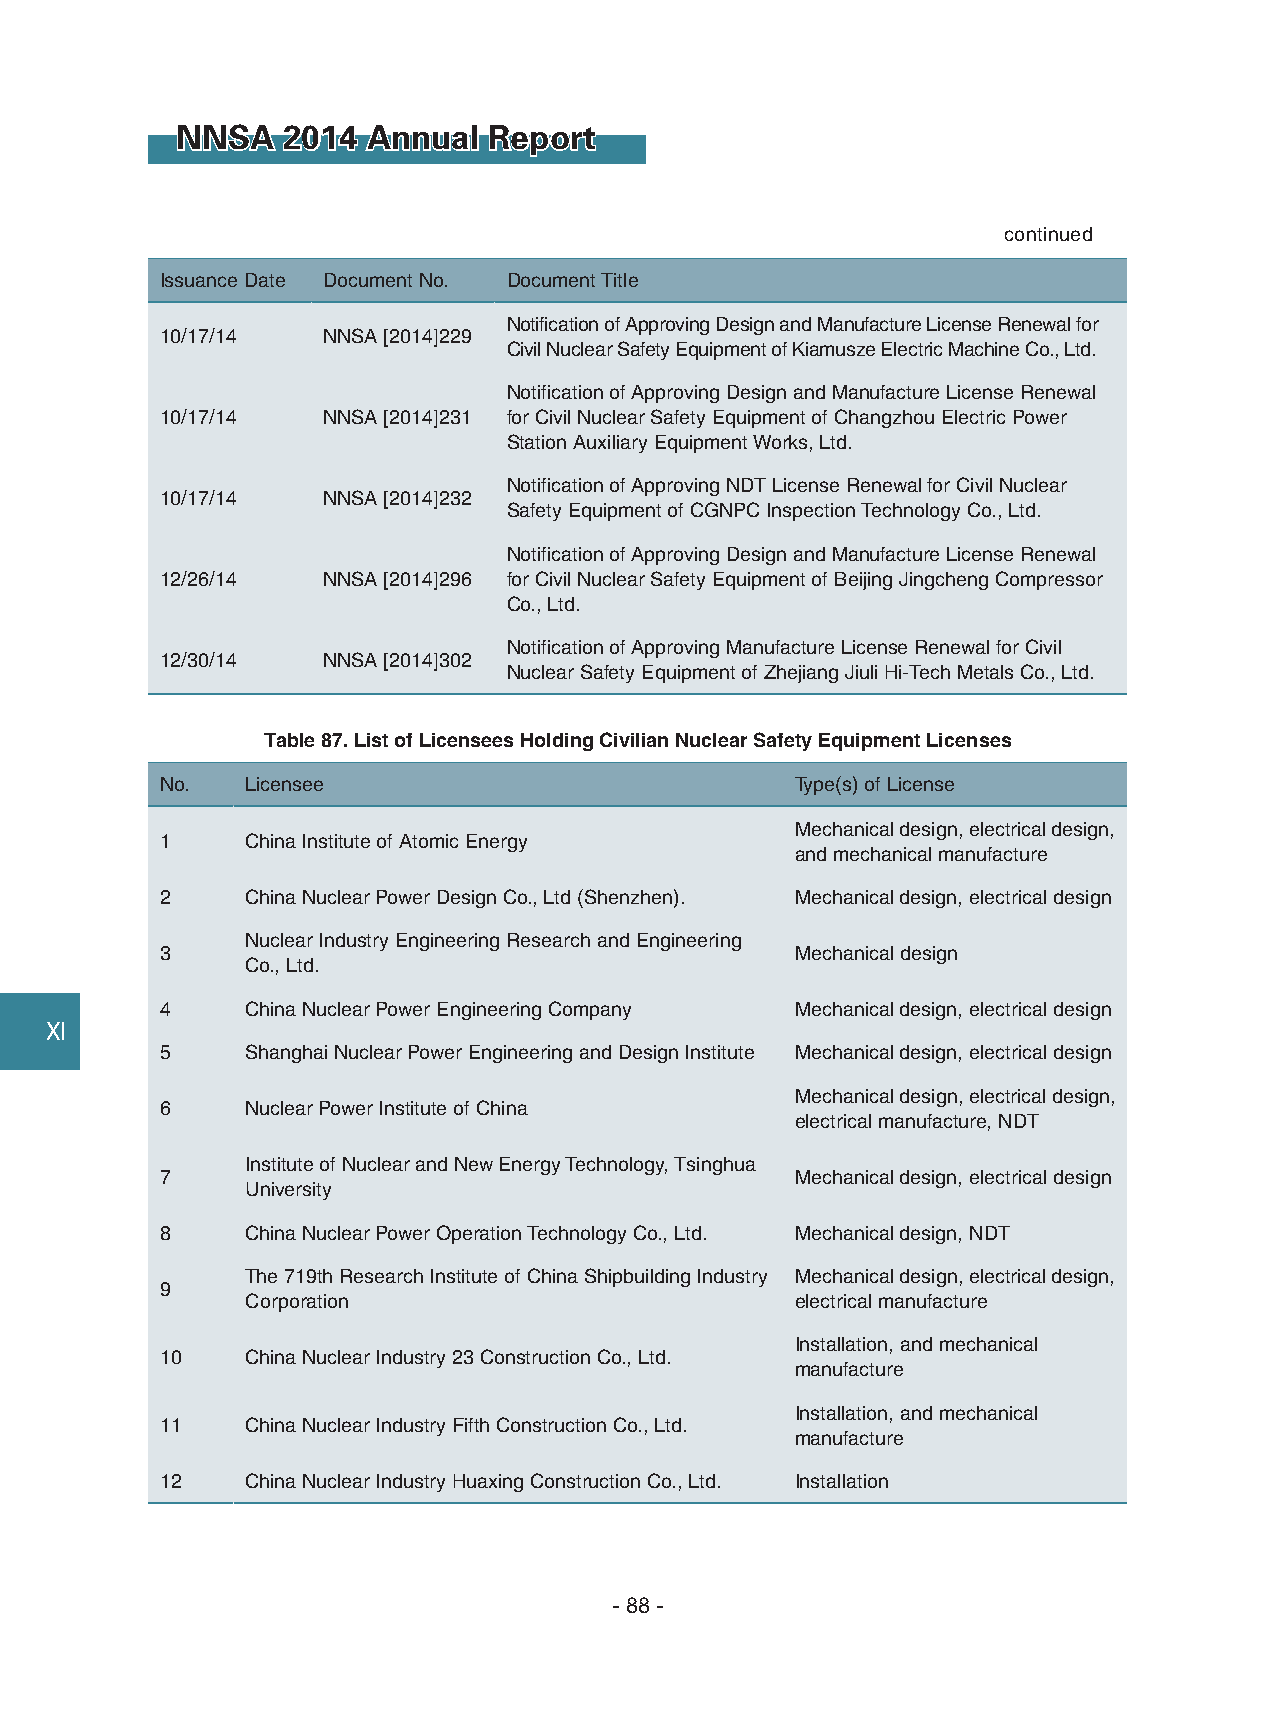
NNSA   2014 Annual  Report
 continued
 Issuance Date Document No. Document Title
 Notification of Approving Design and Manufacture License Renewal for
 10/17/14  NNSA [2014]229
 Civil Nuclear Safety Equipment of Kiamusze Electric Machine Co., Ltd.
 Notification of Approving Design and Manufacture License Renewal
 10/17/14  NNSA [2014]231 for Civil Nuclear Safety Equipment of Changzhou Electric Power
 Station Auxiliary Equipment Works, Ltd.
 Notification of Approving NDT License Renewal for Civil Nuclear
 10/17/14  NNSA [2014]232
 Safety Equipment of CGNPC Inspection Technology Co., Ltd.
 Notification of Approving Design and Manufacture License Renewal
 12/26/14  NNSA [2014]296 for Civil Nuclear Safety Equipment of Beijing Jingcheng Compressor
 Co., Ltd.
 Notification of Approving Manufacture License Renewal for Civil
 12/30/14  NNSA [2014]302
 Nuclear Safety Equipment of Zhejiang Jiuli Hi-Tech Metals Co., Ltd.
 Table 87. List of Licensees Holding Civilian Nuclear Safety Equipment Licenses
 No.  Licensee                             Type(s) of License
 Mechanical design, electrical design,
 1    China Institute of Atomic Energy
 and mechanical manufacture
 2    China Nuclear Power Design Co., Ltd (Shenzhen). Mechanical design, electrical design
 Nuclear Industry Engineering Research and Engineering
 3                                         Mechanical design
 Co., Ltd.
 4    China Nuclear Power Engineering Company Mechanical design, electrical design
 Ⅺ
 5    Shanghai Nuclear Power Engineering and Design Institute Mechanical design, electrical design
 Mechanical design, electrical design,
 6    Nuclear Power Institute of China
 electrical manufacture, NDT
 Institute of Nuclear and New Energy Technology, Tsinghua
 7                                         Mechanical design, electrical design
 University
 8    China Nuclear Power Operation Technology Co., Ltd. Mechanical design, NDT
 The 719th Research Institute of China Shipbuilding Industry Mechanical design, electrical design,
 9
 Corporation                          electrical manufacture
 Installation, and mechanical
 10   China Nuclear Industry 23 Construction Co., Ltd.
 manufacture
 Installation, and mechanical
 11   China Nuclear Industry Fifth Construction Co., Ltd.
 manufacture
 12   China Nuclear Industry Huaxing Construction Co., Ltd. Installation
 - 88 -